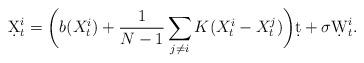
LaTeX: \begin{align*}\d X_t^i = \bigg(b(X_t^i) + \frac1{N-1}\sum_{j\neq i}K(X_t^i-X_t^j)\bigg)\d t + \sigma\d W_t^i.\end{align*}